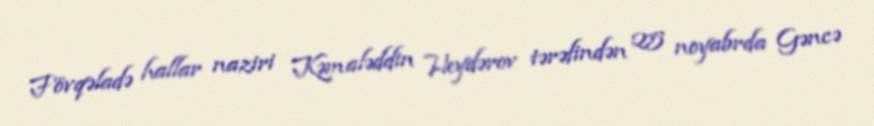
Fövqəladə hallar naziri Kəmaləddin Heydərov tərəfindən 25 noyabrda Gəncə